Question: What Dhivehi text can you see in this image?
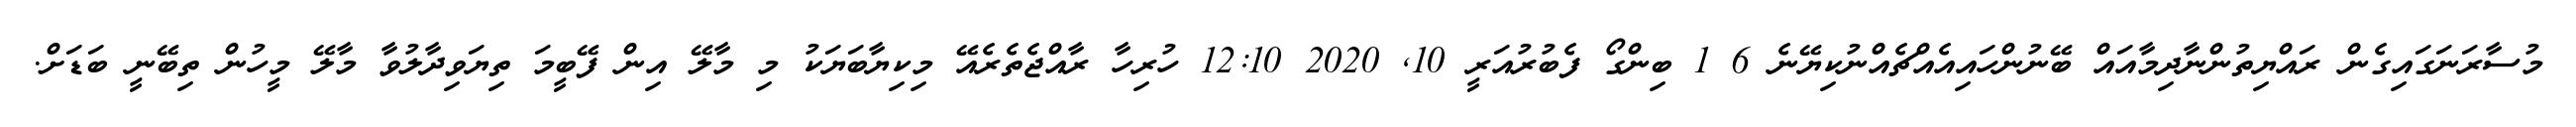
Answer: މުސާރަނަގައިގެން ރައްޔިތުންނާދިމާއައް ބޭނުންހައިއެއްޗެއްނުކިޔޭނެ 6 1 ބިންގޯ ފެބުރުއަރީ 10, 2020 12:10 ހުރިހާ ރާއްޖެތެރެއޭ މިކިޔާބަޔަކު މި މާލޭ އިން ފޭބީމަ ތިޔަވިދާލުވާ މާލޭ މީހުން ތިބޭނީ ބަޑަށް.